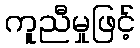
ကူညီမှုဖြင့်